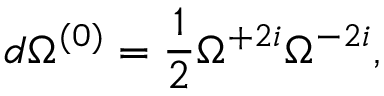
d \Omega ^ { ( 0 ) } = \frac 1 2 \Omega ^ { + 2 i } \Omega ^ { - 2 i } ,